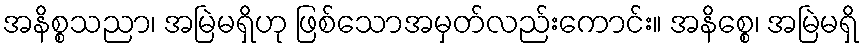
အနိစ္စသညာ၊ အမြဲမရှိဟု ဖြစ်သောအမှတ်လည်းကောင်း။ အနိစ္စေ၊ အမြဲမရှိ